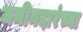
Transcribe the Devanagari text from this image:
जमीनदारंच्या